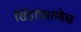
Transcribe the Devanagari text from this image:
सिंहांप्रमाणेच